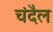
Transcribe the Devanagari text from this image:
चंदैल